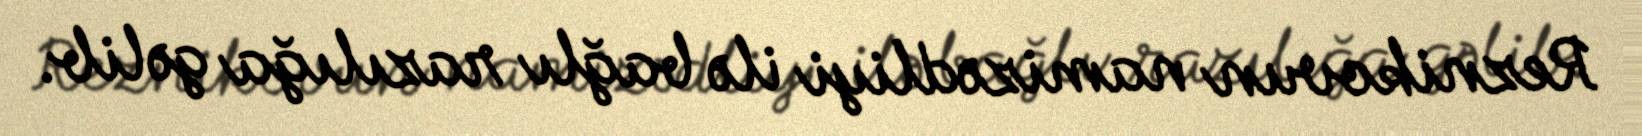
Reznikovun namizədliyi ilə bağlı razılığa gəlib.